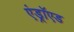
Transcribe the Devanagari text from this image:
एंड्राॅएड